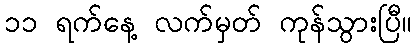
၁၁ ရက်နေ့ လက်မှတ် ကုန်သွားပြီ။